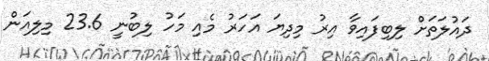
ދައުލަތަށް ލިބިފައިވާ އިރު މިދިޔަ އަހަރު މެއި މަހު ލިބުނީ 23.6 މިލިއަން